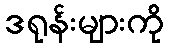
ဒရုန်းများကို